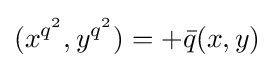
(x^{q^{2}},y^{q^{2}})=+{\bar {q}}(x,y)